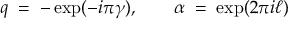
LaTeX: q \; = \; - \exp ( - i \pi \gamma ) , \qquad \alpha \; = \; \exp ( 2 \pi i \ell )